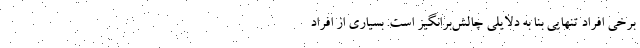
برخی افراد تنهایی بنا به دلایلی چالش‌برانگیز است. بسیاری از افراد